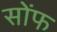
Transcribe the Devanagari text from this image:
सोंफ